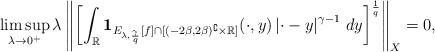
LaTeX: \begin{align*}\limsup_{\lambda\to0^+}\lambda\left\|\left[\int_{\mathbb{R}}\mathbf{1}_{E_{\lambda,\frac{\gamma}{q}}[f]\cap[(-2\beta,2\beta)^\complement\times\mathbb{R}]}(\cdot,y)\left|\cdot-y\right|^{\gamma-1}\,dy\right]^\frac{1}{q}\right\|_X=0,\end{align*}